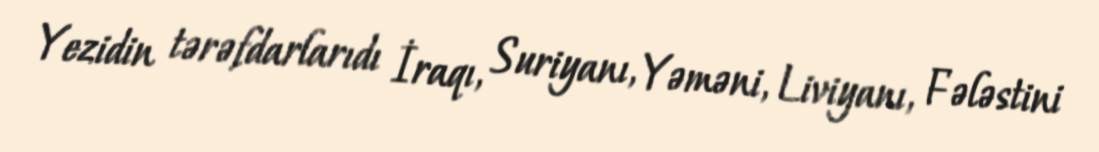
Yezidin tərəfdarlarıdı İraqı, Suriyanı, Yəməni, Liviyanı, Fələstini